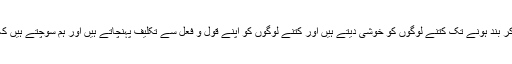
زرا اپنا احتساب کیجئے کہ صبح آنکھ کھولنے سے لے کر بند ہونے تک کتنے لوگوں کو خوشی دیتے ہیں اور کتنے لوگوں کو اپنے قول و فعل سے تکلیف پہنچاتے ہیں اور ہم سوچتے ہیں کہ کوئی پوچھنے والا نہیں کوئی احتساب کرنے والا نہیں۔